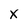
Character: x